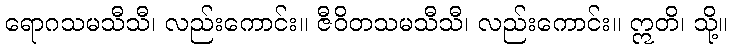
ရောဂသမသီသီ၊ လည်းကောင်း။ ဇီဝိတသမသီသီ၊ လည်းကောင်း။ ဣတိ၊ သို့။